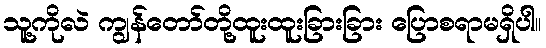
သူ့ကိုလဲ ကျွန်တော်တို့ထူးထူးခြားခြား ပြောစရာမရှိပါ။